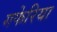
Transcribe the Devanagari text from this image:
गफेरिया